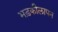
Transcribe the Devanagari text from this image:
भड़कीलापन